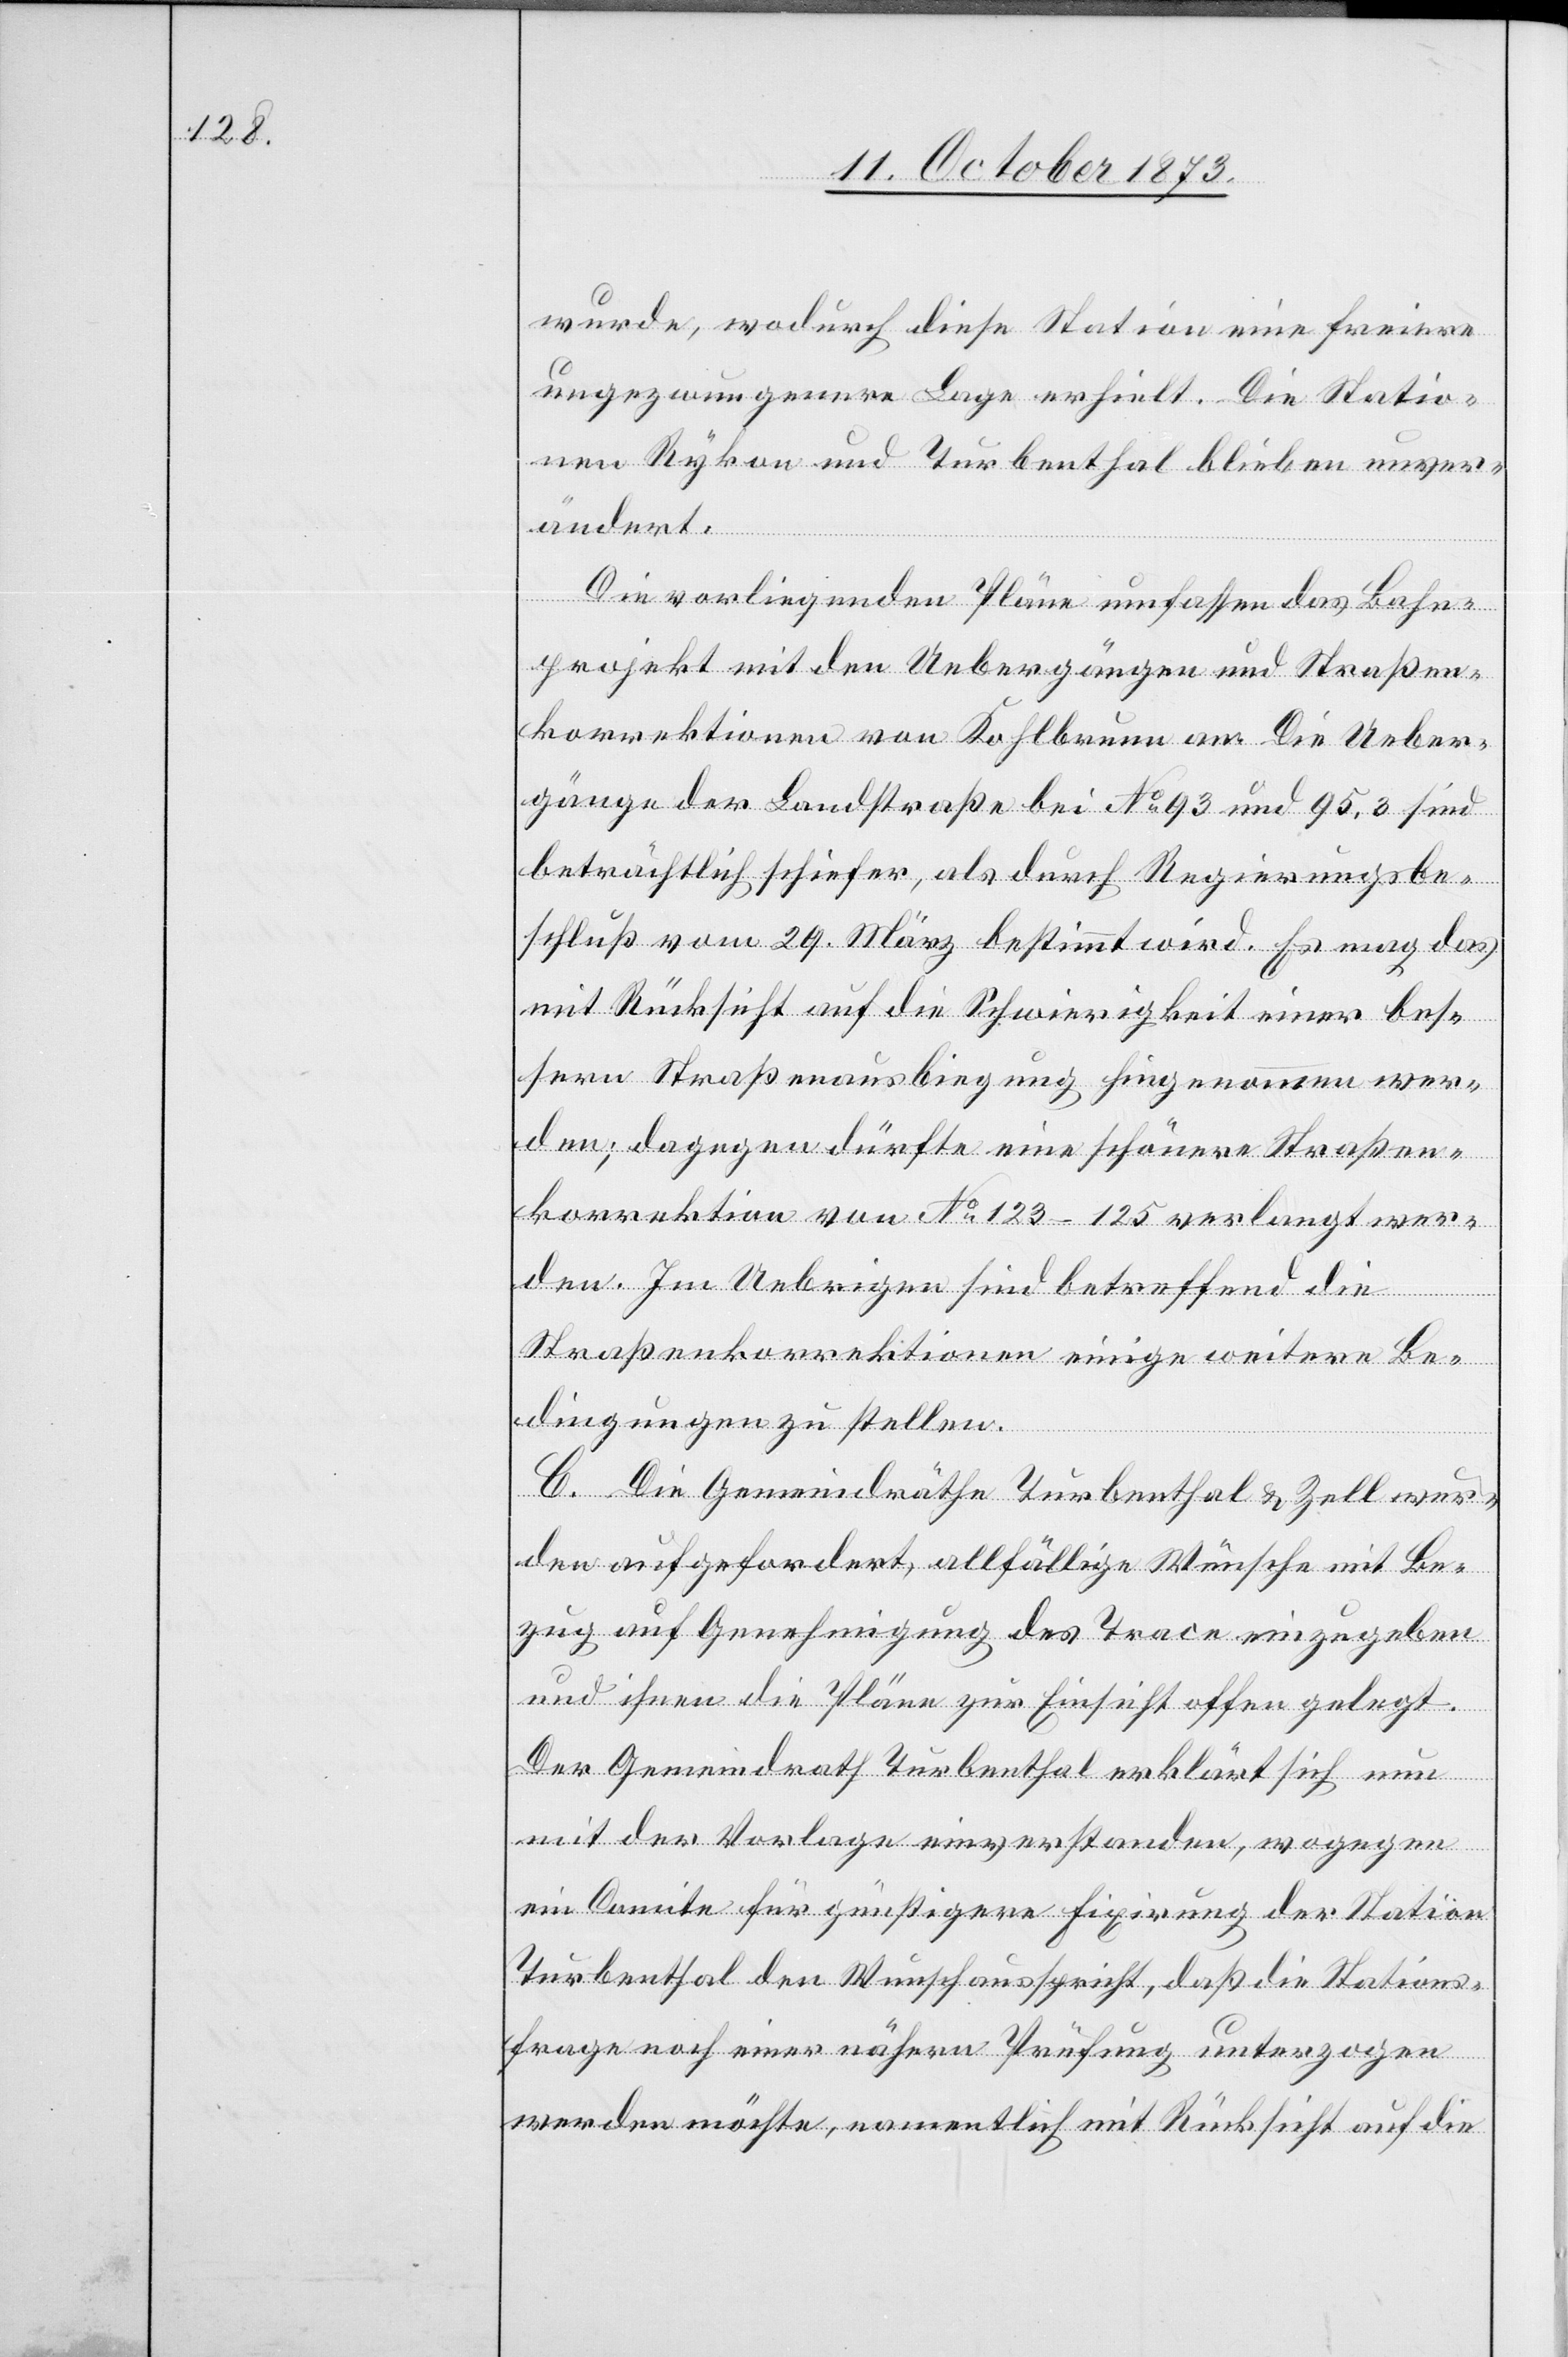
wurde, wodurch diese Station eine freiere
ungezwungenere Lage erhielt. Die Statio¬
nen Rykon und Turbenthal blieben unver¬
ändert.
Die vorliegenden Pläne umfassen das Bahn¬
projekt mit den Uebergängen und Straßen¬
korrektionen von Kohlbrunn an. Die Ueber¬
gänge der Landstraße bei No 93 und 95,3 sind
beträchtlich schiefer, als durch Regierungsbe¬
schluß vom 29. März bestimmt wird. Es mag das
mit Rücksicht auf die Schwierigkeit einer bes¬
sern Straßenausbiegung hingenommen wer¬
den; dagegen dürfte eine schönere Straßen¬
korrektion von No 123–125 verlangt wer¬
den. Im Uebrigen sind betreffend die
Straßenkorrektionen einige weitere Be¬
dingungen zu stellen.
C. Die Gemeindräthe Turbenthal & Zell wur¬
den aufgefordert, allfällige Wünsche mit Be¬
zug auf Genehmigung des Trace einzugeben
und ihnen die Pläne zur Einsicht offen gelegt.
Der Gemeindrath Turbenthal erklärt sich nun
mit der Vorlage einverstanden, wogegen
ein Comite für günstigere Fixirung der Station
Turbenthal den Wunsch ausspricht, daß die Stations¬
frage noch einer nähern Prüfung unterzogen
werden möchte, namentlich mit Rücksicht auf die